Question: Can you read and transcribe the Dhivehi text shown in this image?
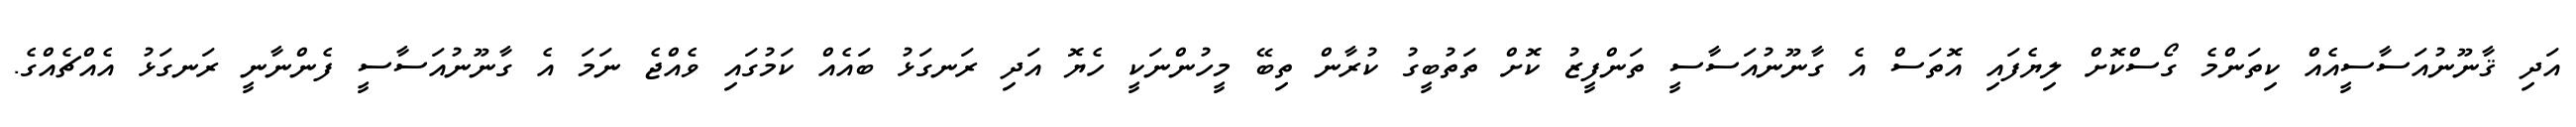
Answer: އަދި ޤާނޫނުއަސާސީއެއް ކިތަންމެ ގޯސްކޮށް ލިޔެފައި އޮތަސް އެ ގާނޫނުއަސާސީ ތަންފީޒު ކޮށް ތަތުބީގު ކުރާން ތިބޭ މީހުންނަކީ ހެޔޮ އަދި ރަނގަޅު ބައެއް ކަމުގައި ވެއްޖެ ނަމަ އެ ގާނޫނުއަސާސީ ފެންނާނީ ރަނގަޅު އެއްޗެއްގެ.